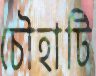
চৌহাটি